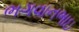
ભગવાનભાઇ